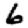
Digit: 6